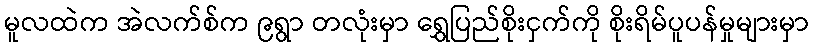
မူလထဲက အဲလက်စ်က ၉ရွာ တလုံးမှာ ရွှေပြည်စိုးငှက်ကို စိုးရိမ်ပူပန်မှုများမှာ